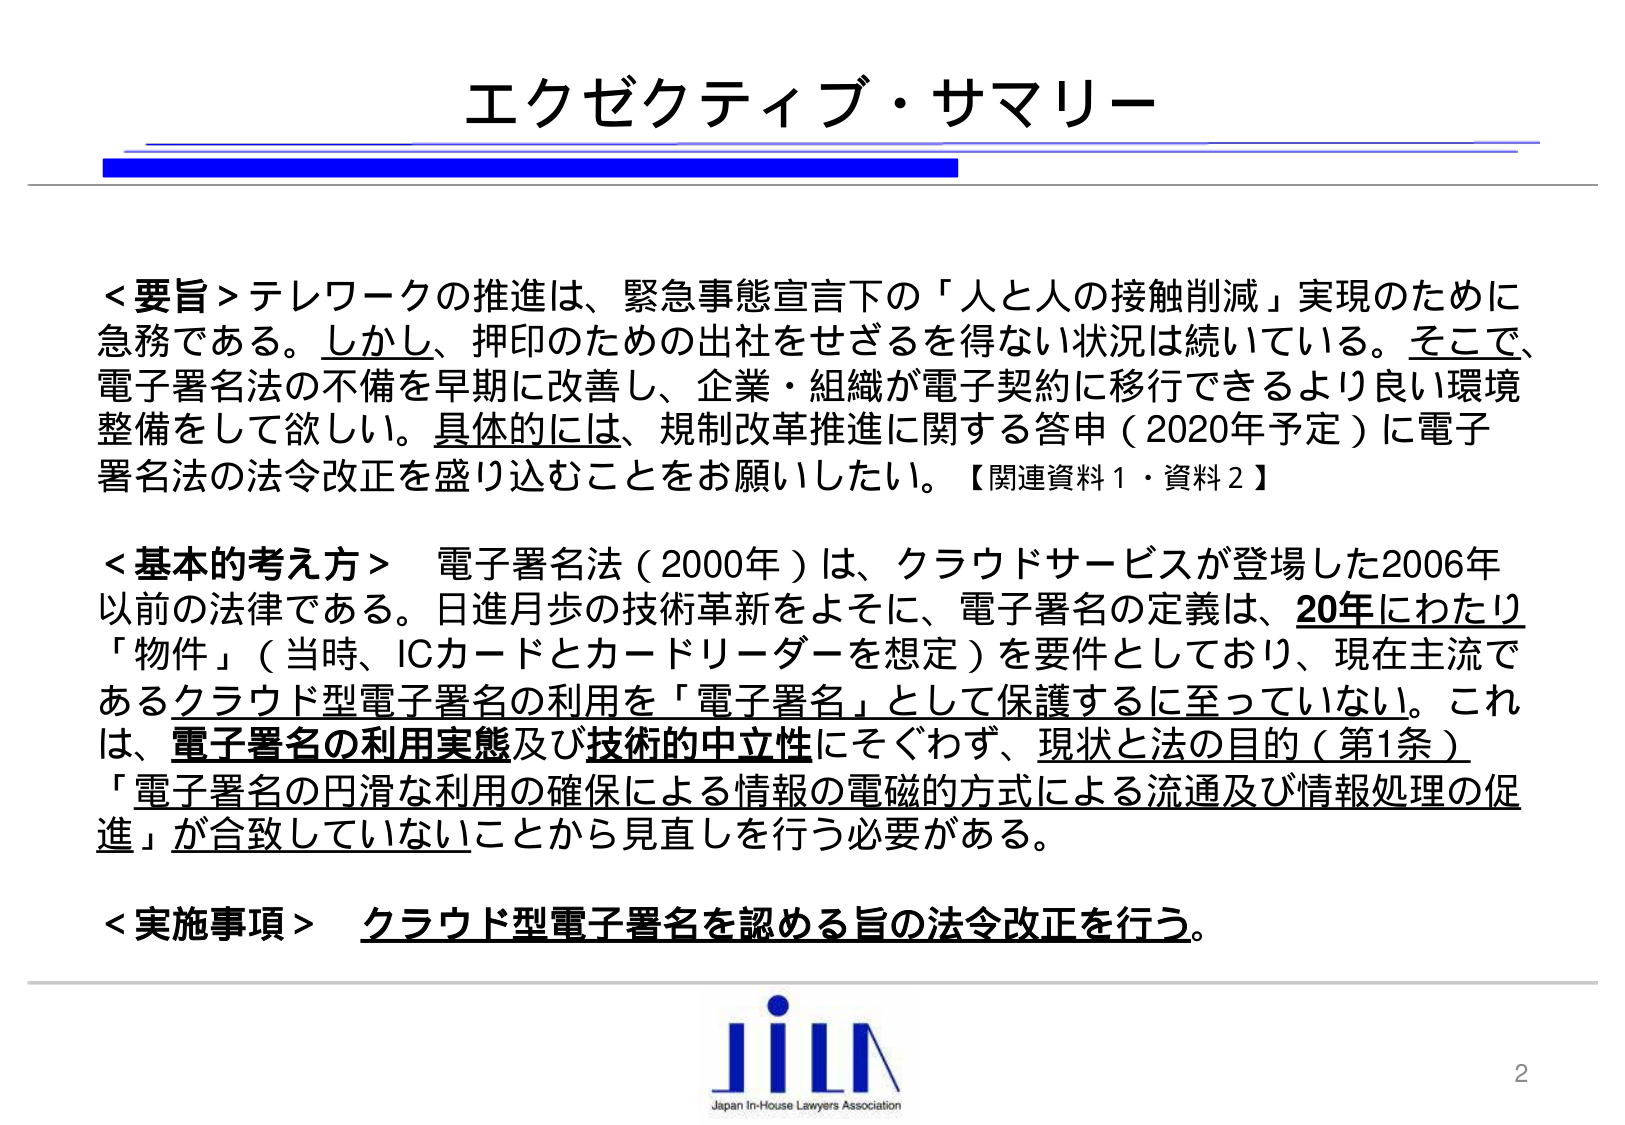
エクゼクティブ・サマリー

＜要旨＞テレワークの推進は、緊急事態宣言下の「人との接触削減」実現のために急務である。しかし、押印のための出社をせざるを得ない状況は続いている。そこで、電子署名法の不備を早期に改善し、企業・組織が電子契約に移行できるより良い環境整備をして欲しい。具体的には、規制改革推進に関する答申（2020年予定）に電子署名法の法令改正を盛り込むことをお願いしたい。【関連資料1・資料2】

＜基本的考え方＞ 電子署名法（2000年）は、クラウドサービスが登場した2006年以前の法律である。日進月歩の技術革新をよそに、電子署名の定義は、20年にわたり「物件」（当時、ICカードとカードリーダーを想定）を要件としており、現在主流であるクラウド型電子署名の利用を「電子署名」として保護するに至っていない。これは、電子署名の利用実態及び技術的中立性にそぐわず、現状と法の目的（第1条）「電子署名の円滑な利用の確保による情報の電磁的方式による流通及び情報処理の促進」が合致していないことから見直しを行う必要がある。

＜実施事項＞ クラウド型電子署名を認める旨の法令改正を行う。

JiLΛ
Japan In-House Lawyers Association
2